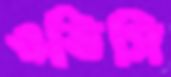
ওডিসি